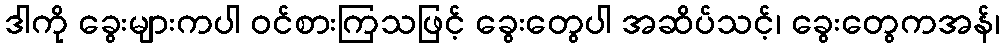
ဒါကို ခွေးများကပါ ဝင်စားကြသဖြင့် ခွေးတွေပါ အဆိပ်သင့်၊ ခွေးတွေကအန်၊